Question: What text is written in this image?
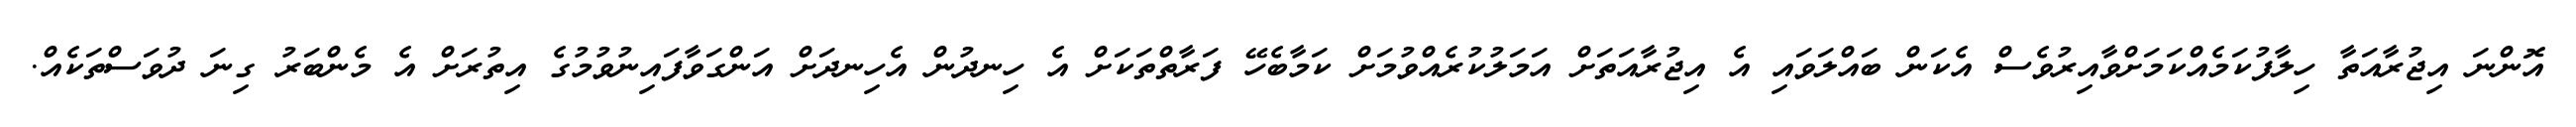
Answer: އޮންނަ އިޖުރާއަތާ ހިލާފުކަމެއްކަމަށްވާއިރުވެސް އެކަން ބައްލަވައި އެ އިޖުރާއަތަށް އަމަލުކުރެއްވުމަށް ކަމާބެހޭ ފަރާތްތަކަށް އެ ހިނދުން އެހިނދަށް އަންގަވާފައިނުވުމުގެ އިތުރަށް އެ މެންބަރު ގިނަ ދުވަސްތަކެއް.